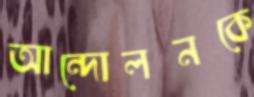
আন্দোলনকে